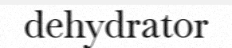
dehydrator